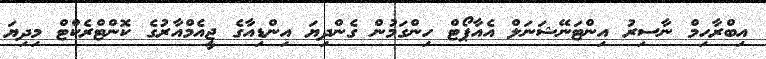
އިބްރާހިމް ނާސިރު އިންޓަނޭޝަނަލް އެއާޕޯޓް ހިންގަމުން ގެންދިޔަ އިންޑިއާގެ ޖީއެމްއާރުގެ ކޮންޓްރެކްޓް މިދިޔަ